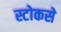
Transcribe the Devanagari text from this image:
स्टोकसे